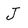
Character: j